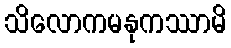
သိလောကမနုကဿာမိ